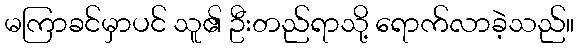
မကြာခင်မှာပင် သူ၏ ဦးတည်ရာသို့ ရောက်လာခဲ့သည်။